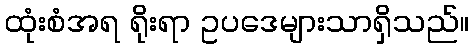
ထုံးစံအရ ရိုးရာ ဥပဒေများသာရှိသည်။